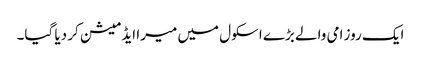
ایک روز امی والے بڑے اسکول میں میرا ایڈمیشن کر دیا گیا۔